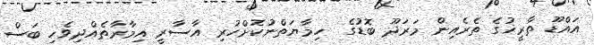
އައްޑޫ ތާރީޚުގެ ތެރެއިން މަރަދޫ ބޮޑުގެ  ހިމާޔަތްނުކޮށްހުރި އާސާރީ އިމާރާތެއްދިވެހި ބަސް